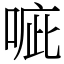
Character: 㖢